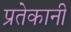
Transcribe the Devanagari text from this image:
प्रतेकानी